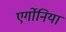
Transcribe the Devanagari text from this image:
एर्गोनिया